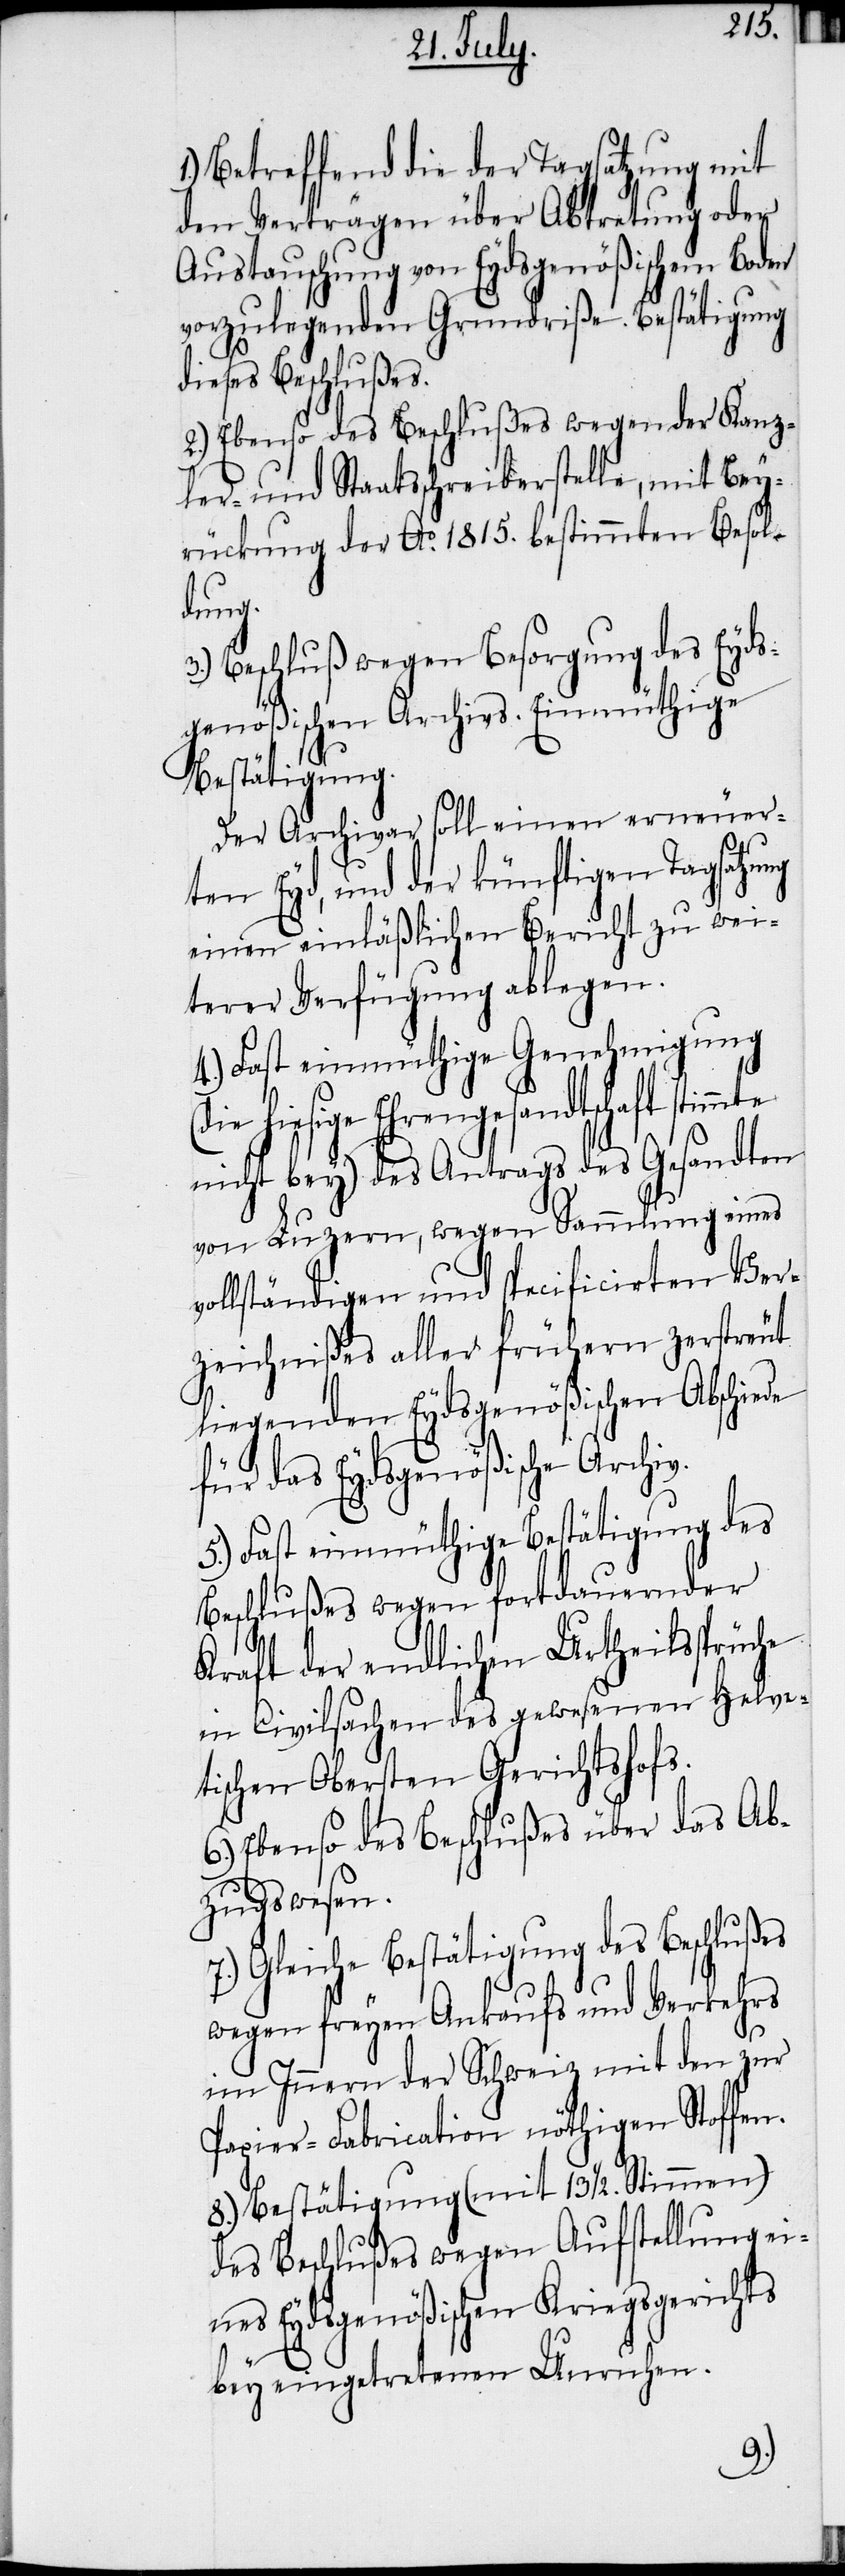
Betreffend die der Tagsatzung mit
den Verträgen über Abtretung oder
Austauschung von Eydsgenößischem Boden
vorzulegenden Grundriße. Bestätigung
dieses Beschlußes.
2.) Ebenso des Beschlußes wegen der Kanz¬
ler- und Staatsschreiberstelle, mit Bey¬
rückung der Ao. 1815. bestimmten Besol¬
dung.
3.) Beschluß wegen Besorgung des Eyds¬
genößischen Archivs. Einmüthige
Bestätigung.
Der Archivar soll einen erneuer¬
ten Eyd, und der künftigen Tagsatzung
einen einläßlichen Bericht zu wei¬
terer Verfügung ablegen.
4.) Fast einmüthige Genehmigung
(die hiesige Ehrengesandtschaft stimmte
nicht bey) des Antrags des Gesandten
von Luzern, wegen Sammlung eines
vollständigen und specificirten Ver¬
zeichnißes aller frühern zerstreut
liegenden Eydsgenößischen Abschiede
für das Eydsgenößische Archiv.
5.) Fast einmüthige Bestätigung des
Beschlußes wegen fortdauernder
Kraft der endlichen Urtheilssprüche
in Civilsachen des gewesenen Helve¬
tischen Obersten Gerichtshofs.
6.) Ebenso des Beschlußes über das Ab¬
zugswesen.
7.) Gleiche Bestätigung des Beschlußes
wegen freyen Ankaufs und Verkehrs
im Innern der Schweiz mit den zur
Papier-Fabrication nöthigen Stoffen.
8.) Bestätigung (mit 13. ½. Stimmen)
des Beschlußes wegen Aufstellung ei¬
nes Eydsgenößischen Kriegsgerichts
bey eingetretenen Unruhen.